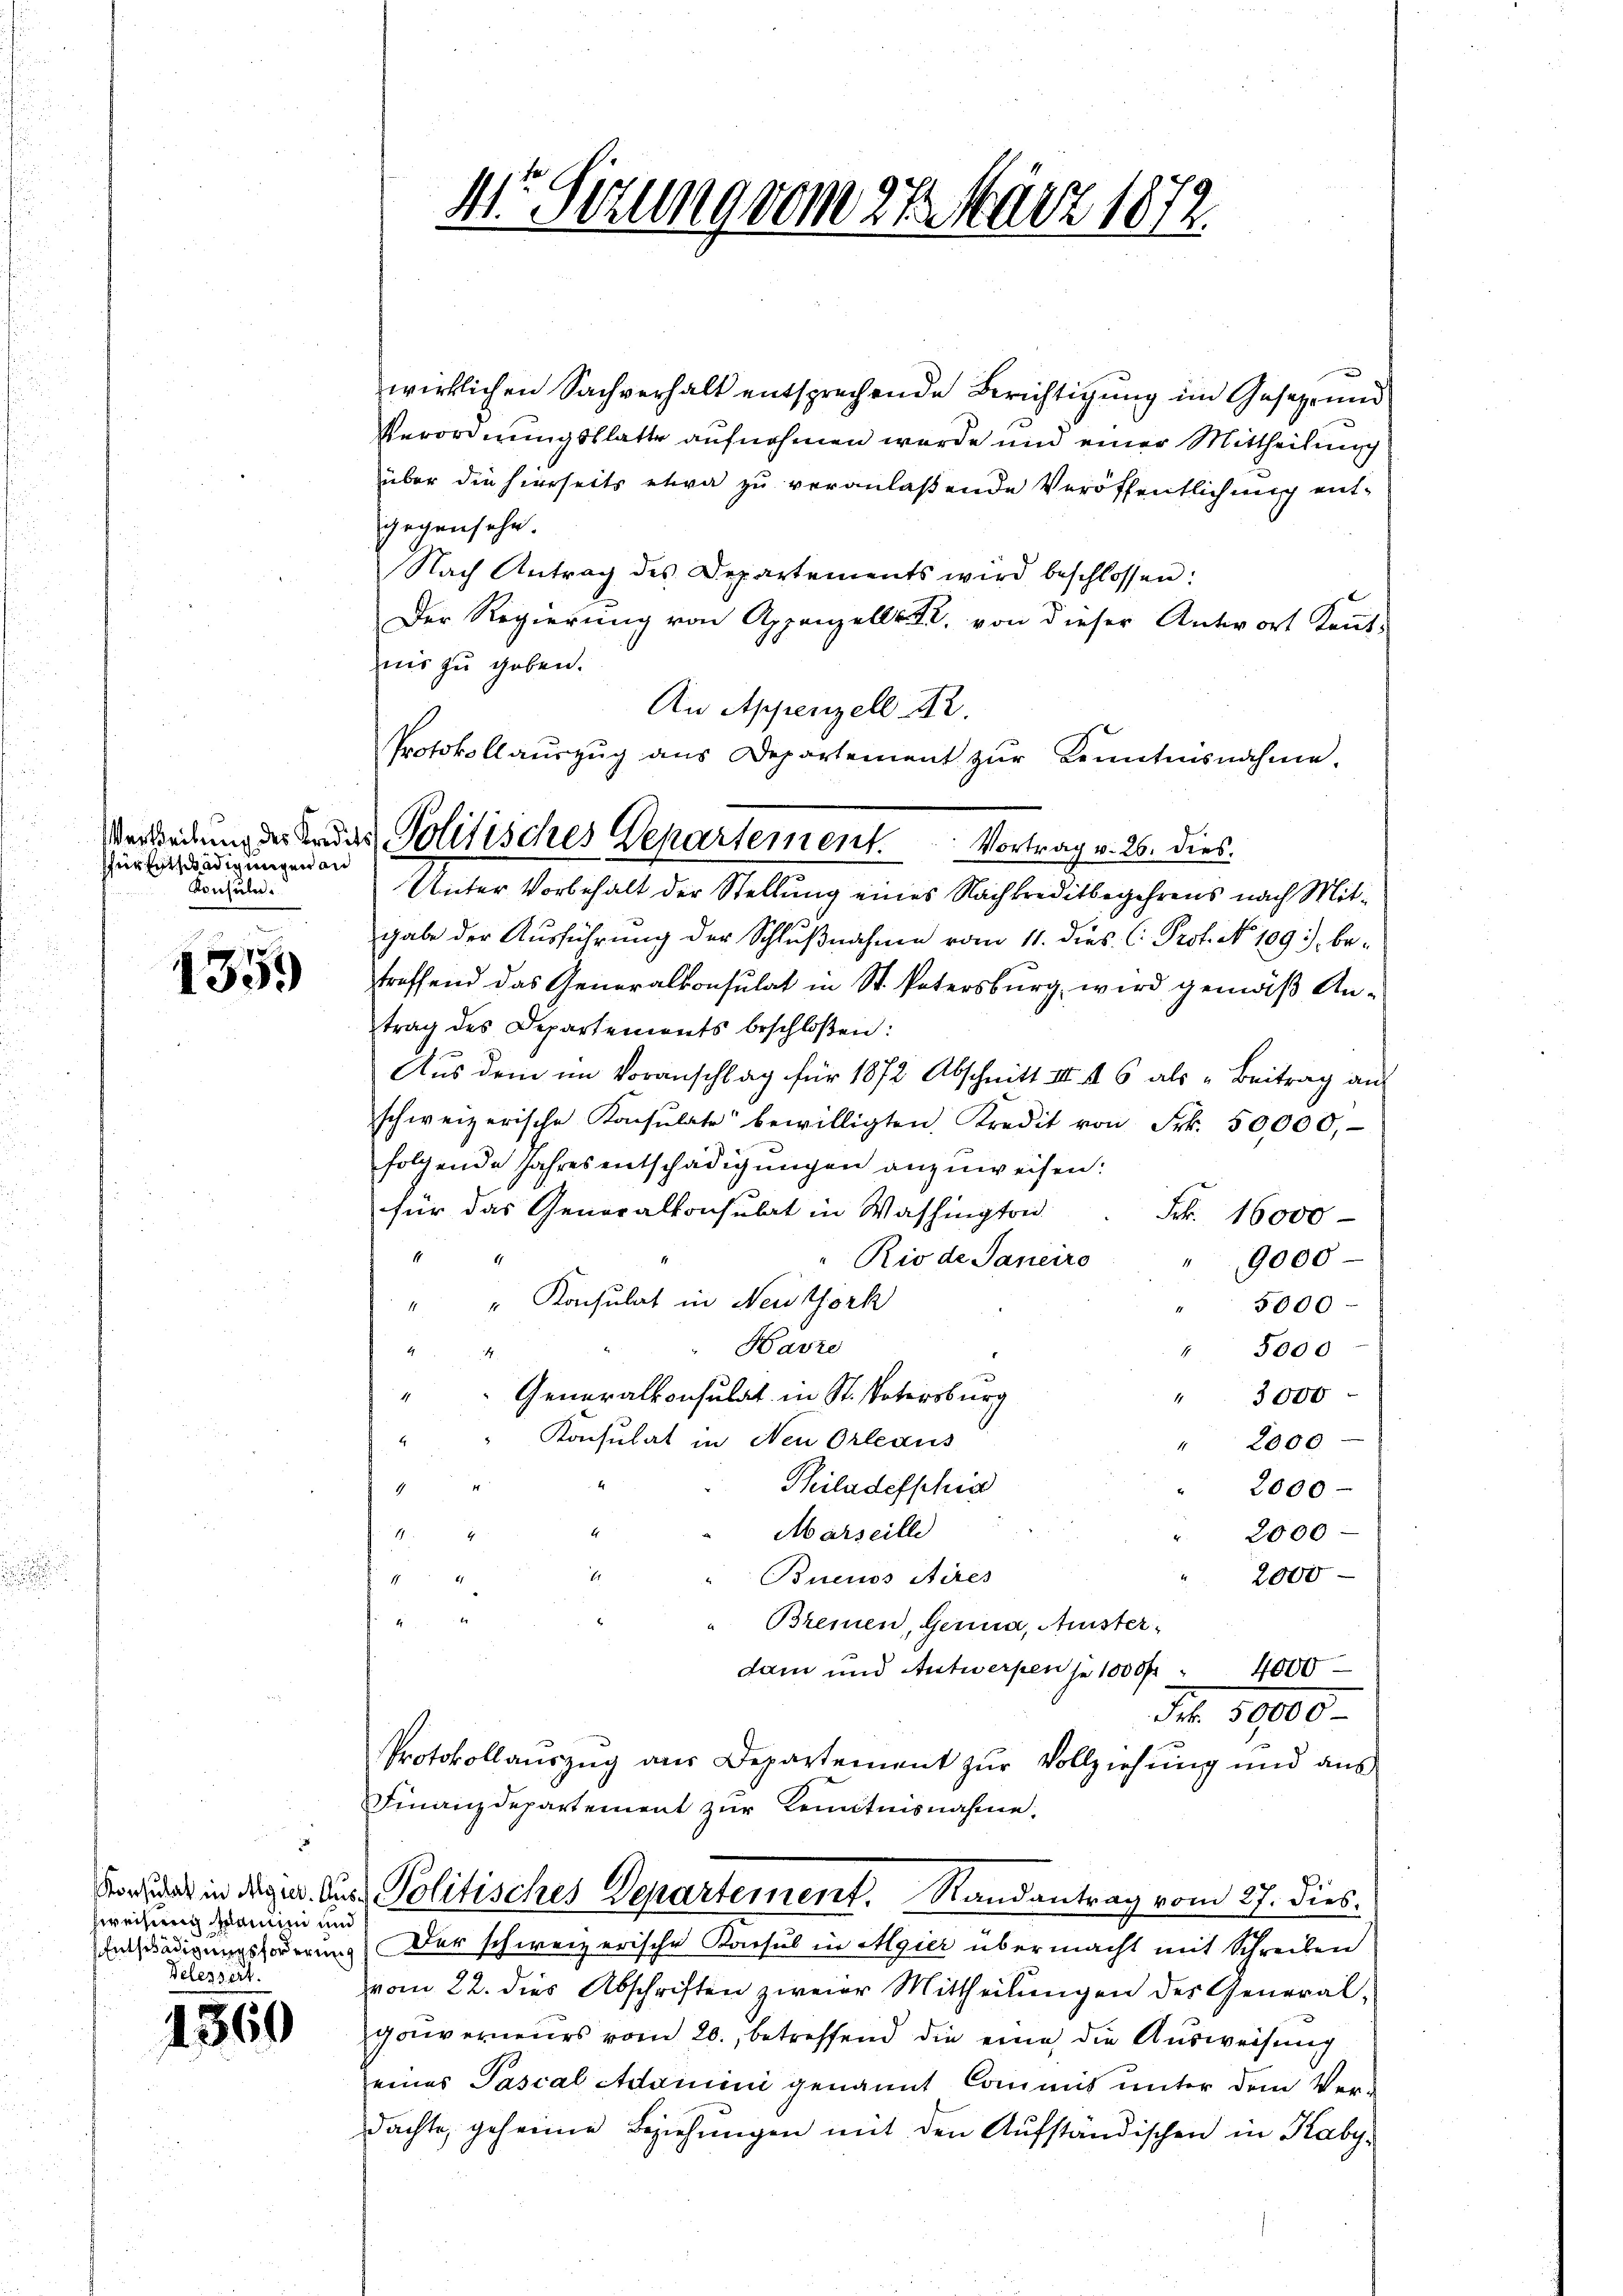
Vertheilung des Kredit
fein Entschädigungen an
Konsuln.

1
1399

onsulat in Algier. Auszweisung kaum und
Entschädigungsforderung
Velessert.

1369

11. Setzung vom 27. März 1872.

Protokollaŭszŭg ans Departement zŭr Kenntnisnahme.
Politisches Departement. Vortrag v. 26. dies

wirklichen Sachverhalt entsprechende Berichtigŭng im Gesetze und
Verordnungsblatte aufnehmen werde und einer Mittheilung
über die hierseits etwa zu veranlaßende Veröffentlichung entgegensehn.
Nach Antrag des Departements wird beschlossen:
Der Regierŭng von Appenzell A. von dieser Antwort Kennt-
nis zu geben.
An Appenzell Br
Unter Vorbehalt der Stellung eines Nachkreditbegehrens nach Mitgabe der Ausführung der Schlußnahme vom 11. dies C. Prof. No 109), betreffend das Generalkonsulat in St. Patersburg, wird gemäß Antrag des Departements beschloßen:
Aus dem im Voranschlag für 1872 Abschnitt III 46 als „Beitrag aus
schweizerische Konsulate bewilligten Kredit von Frk. 50000.-
folgende Jahresentschädigungen anzuweisen:
für das Generalkonsulat in Washington
Frk. 16000
1
9000
"Rio de Janeiro
" " Konsulat in Neidthork
5000
Harze
" 5000
4
Generalkonsulat in St. Vatersburg
11
" 3000
Konsulat in Neu Orleaus
2000
e
Philadefschie

2000
4
Marseille
2000
H
11
2000
Buenos Aires
1

Bremen, Germa, Anister¬
.
dam und Antwerpen je 1000 f 4000
Fr. 1900
Protokollauszug aus Departement zur Vollziehung und aus
Finanzdepartement zur Kenntnisnahme,
Politisches Departement. Randantrag vom 27. dies
Der schweizerische Konsul in Algier übermacht mit Schreiben
vom 22. dies Abschriften zweier Mittheilŭngen des General-
gawerneues vom 20., betreffend die eine die Ausweisung
eines Pascal Adamini genannt Commit unter dem Ver-
dachte, geheime Beziehungen mit den Aufständischen in Kaby.